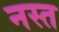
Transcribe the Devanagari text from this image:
नस्त